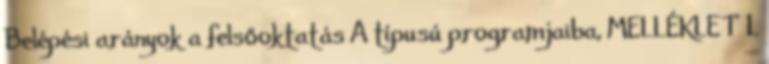
Belépési arányok a felsőoktatás A típusú programjaiba, MELLÉKLET 1.